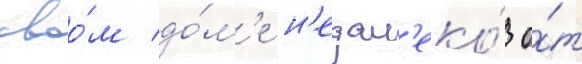
своо́м до́м'е н'едал'еко́ о́т